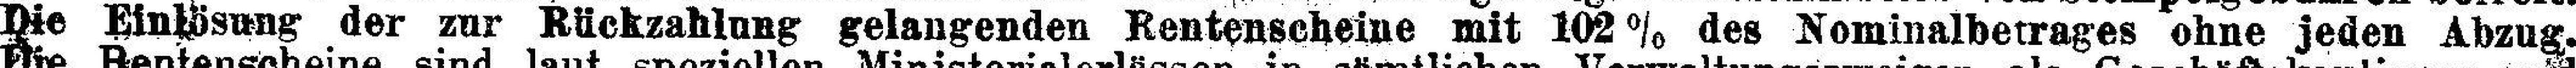
Die Einlösung der zur Rückzahlung gelangenden Rentenscheine mit 102 % des Nominalbetrages ohne jeden Abzug.